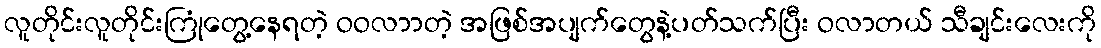
လူတိုင်းလူတိုင်းကြုံတွေ့နေရတဲ့ ဝဝလာာတဲ့ အဖြစ်အပျက်တွေနဲ့ပတ်သက်ပြီး ဝလာတယ် သီချင်းလေးကို